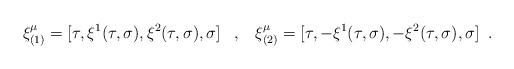
LaTeX: \begin{align*} \xi^{\mu}_{(1)}=[\tau,\xi^{1}(\tau,\sigma),\xi^{2}(\tau,\sigma),\sigma] \;\;\;,\;\;\; \xi^{\mu}_{(2)}=[\tau,-\xi^{1}(\tau,\sigma),-\xi^{2}(\tau,\sigma),\sigma] \;\;.\end{align*}